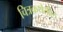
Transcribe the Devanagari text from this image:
चित्रकथेतील